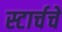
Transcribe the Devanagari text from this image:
स्टार्चचे